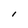
Character: l